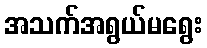
အသက်အရွယ်မရွေး